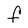
Character: F